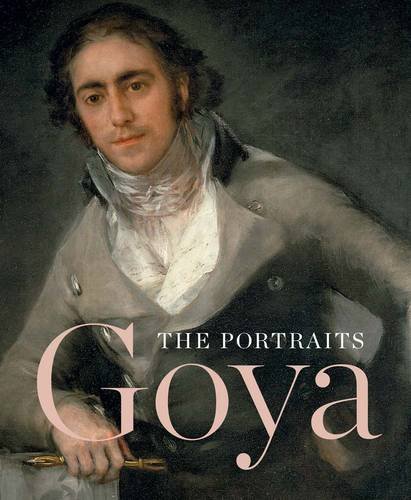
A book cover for Goya: The Portraits; Xavier Bray; Arts & Photography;